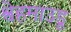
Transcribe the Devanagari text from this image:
श्वेहमाउडू